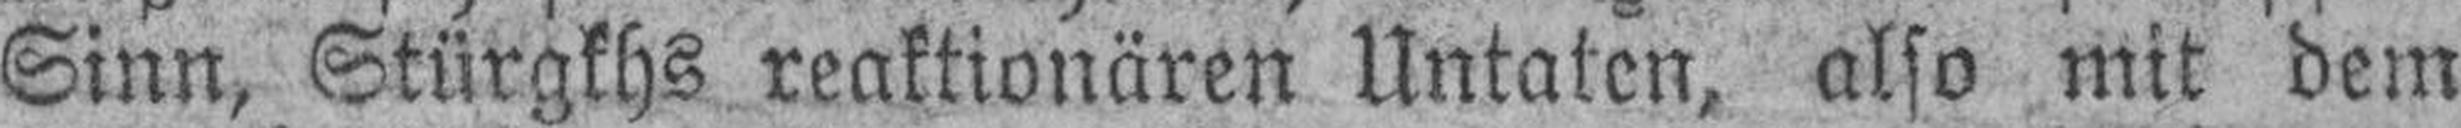
Sinn, Stürgkhs reaktionären Untaten, also mit dem